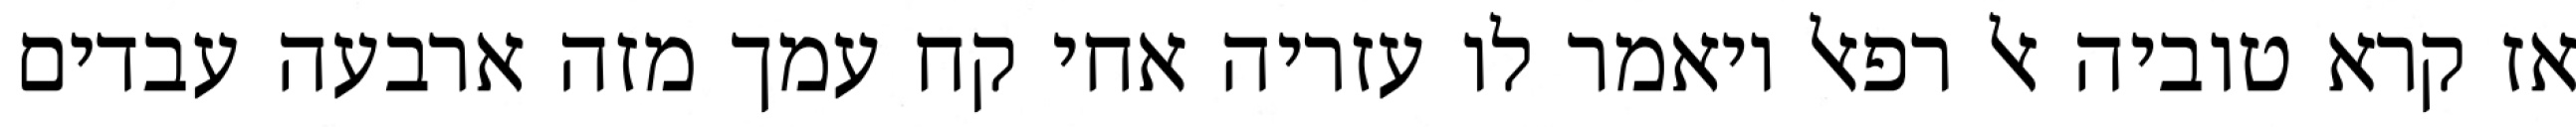
אז קרא טוביה אל רפאל ויאמר לו עזריה אחי קח עמך מזה ארבעה עבדים